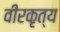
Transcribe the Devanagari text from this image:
वीरकृत्य